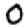
Digit: 0